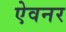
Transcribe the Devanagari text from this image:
ऐवनर